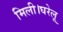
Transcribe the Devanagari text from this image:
मिली।घरेलू